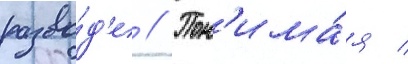
разво́д'е // Пон'има́я /